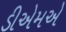
ડીએમએ